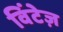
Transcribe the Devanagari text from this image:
विंटेज़